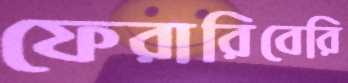
ফেরারিবেরি